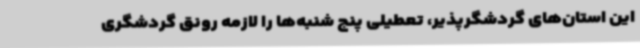
این استان‌های گردشگرپذیر، تعطیلی پنج شنبه‌ها را لازمه رونق گردشگری